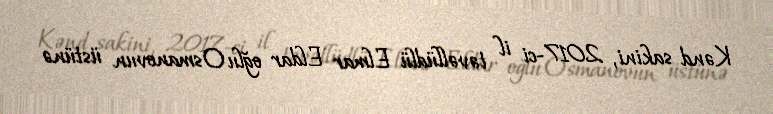
Kənd sakini, 2017-ci il təvəllüdlü Elmar Eldar oğlu Osmanovun üstünə